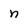
Character: n